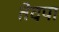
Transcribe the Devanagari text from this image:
तेदपा